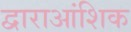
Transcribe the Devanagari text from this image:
द्वाराआंशिक